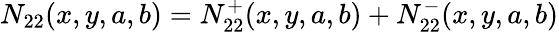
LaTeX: N_{22}(x,y,a,b)=N_{22}^{+}(x,y,a,b)+N_{22}^{-}(x,y,a,b)